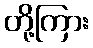
တို့ကြား